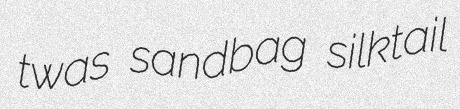
twas sandbag silktail